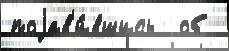
поjав'и́вшись  об